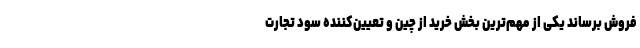
فروش برساند یکی از مهم‌ترین بخش خرید از چین و تعیین‌کننده سود تجارت